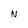
Character: N